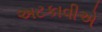
અટકાવીએ